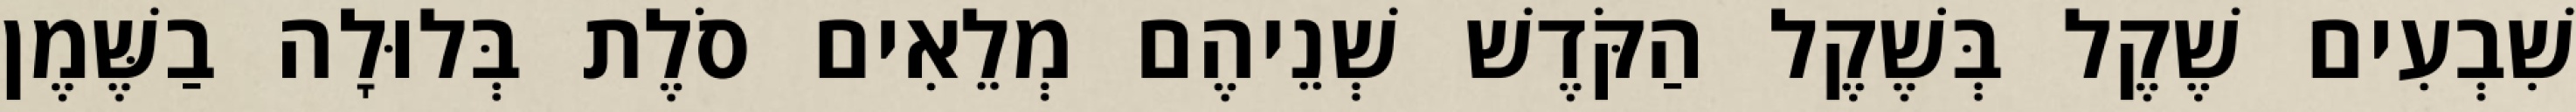
שִׁבְעִים שֶׁקֶל בְּשֶׁקֶל הַקֹּדֶשׁ שְׁנֵיהֶם מְלֵאִים סֹלֶת בְּלוּלָה בַשֶּׁמֶן